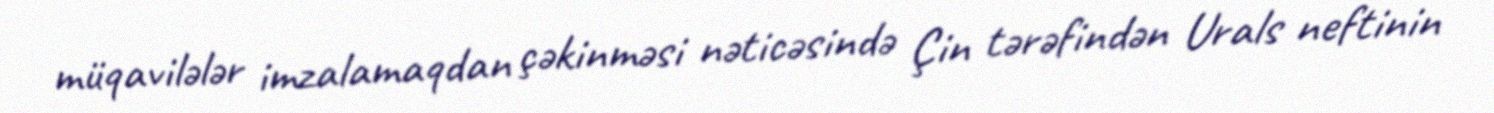
müqavilələr imzalamaqdan çəkinməsi nəticəsində Çin tərəfindən Urals neftinin